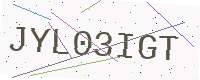
Text: JYL03IGT